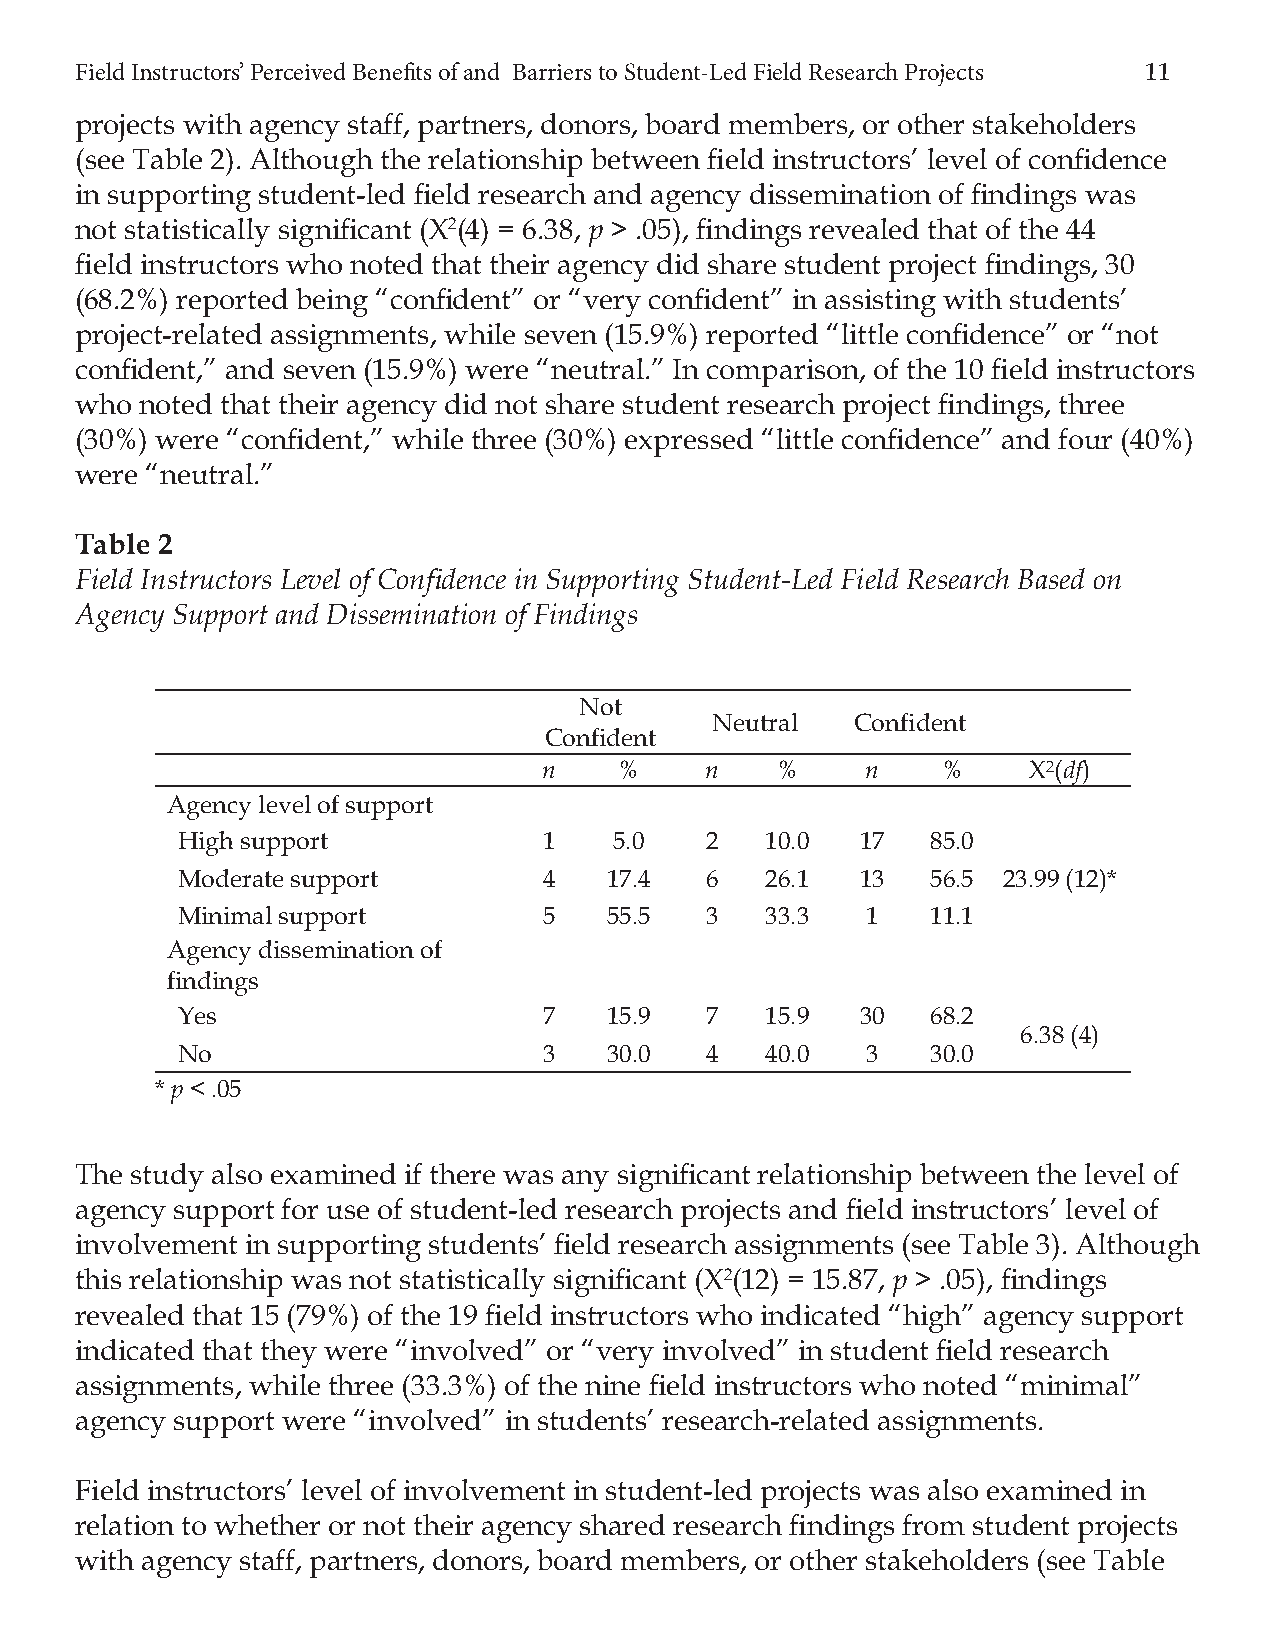
Field Instructors’ Perceived Benefi ts of and Barriers to Student-Led Field Research Projects 11
 projects with agency staff, partners, donors, board members, or other stakeholders
 (see Table 2). Although the relationship between fi eld instructors’ level of confi dence
 in supporting student-led fi eld research and agency dissemination of fi ndings was
 not statistically signifi cant (Χ2(4) = 6.38, p > .05), fi ndings revealed that of the 44
 fi eld instructors who noted that their agency did share student project fi ndings, 30
 (68.2%) reported being “confi dent” or “very confi dent” in assisting with students’
 project-related assignments, while seven (15.9%) reported “little confi dence” or “not
 confi dent,” and seven (15.9%) were “neutral.” In comparison, of the 10 fi eld instructors
 who noted that their agency did not share student research project fi ndings, three
 (30%) were “confi dent,” while three (30%) expressed “little confi dence” and four (40%)
 were “neutral.”
 Table 2
 Field Instructors Level of Confi dence in Supporting Student-Led Field Research Based on
 Agency Support and Dissemination of Findings
 Not
 Neutral   Confident
 Confident
 n    %     n   %     n    %     Χ2(df)
 Agency level of support
 High support            1    5.0   2   10.0  17   85.0
 Moderate support        4   17.4   6   26.1  13   56.5 23.99 (12)*
 Minimal support         5   55.5   3   33.3  1    11.1
 Agency dissemination of
 findings
 Yes                     7   15.9   7   15.9  30   68.2
 6.38 (4)
 No                      3   30.0   4   40.0  3    30.0
 * p < .05
 The study also examined if there was any signifi cant relationship between the level of
 agency support for use of student-led research projects and fi eld instructors’ level of
 involvement in supporting students’ fi eld research assignments (see Table 3). Although
 this relationship was not statistically signifi cant (Χ2(12) = 15.87, p > .05), fi ndings
 revealed that 15 (79%) of the 19 fi eld instructors who indicated “high” agency support
 indicated that they were “involved” or “very involved” in student fi eld research
 assignments, while three (33.3%) of the nine fi eld instructors who noted “minimal”
 agency support were “involved” in students’ research-related assignments.
 Field instructors’ level of involvement in student-led projects was also examined in
 relation to whether or not their agency shared research fi ndings from student projects
 with agency staff, partners, donors, board members, or other stakeholders (see Table